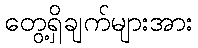
တွေ့ရှိချက်များအား